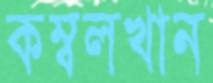
কম্বলখান